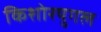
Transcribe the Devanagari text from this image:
किशोरयुगल